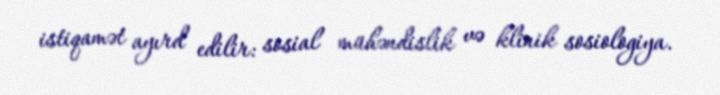
istiqamət ayırd edilir: sosial mühəndislik və klinik sosiologiya.